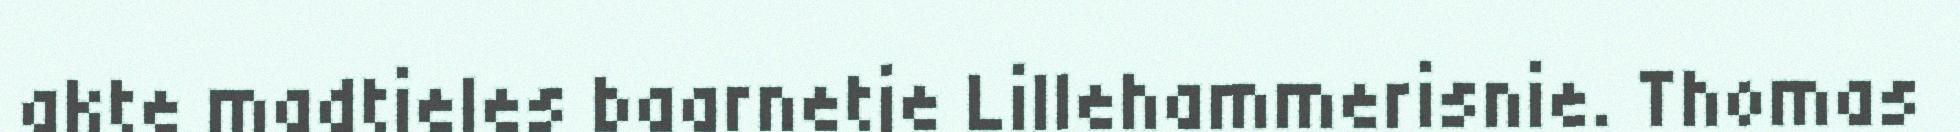
akte madtjeles baarnetje Lillehammerisnie. Thomas